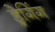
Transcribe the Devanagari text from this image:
ड्रेगिंग